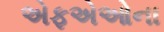
એફએઓના